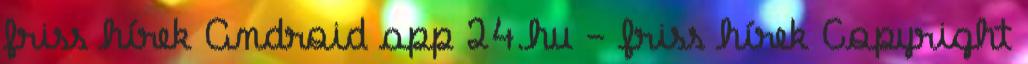
friss hírek Android app 24.hu - friss hírek Copyright